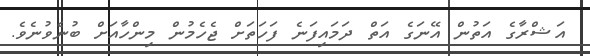
އަޝްރާގެ އަތުން އޭނަގެ އަތް ދަމައިފަނެ ފަހަތަށް ޖެހެމުން މިންހާއަށް ބުނެވުނެެވެ.